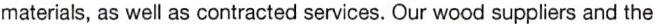
materials, as well as contracted services. Our wood suppliers and the